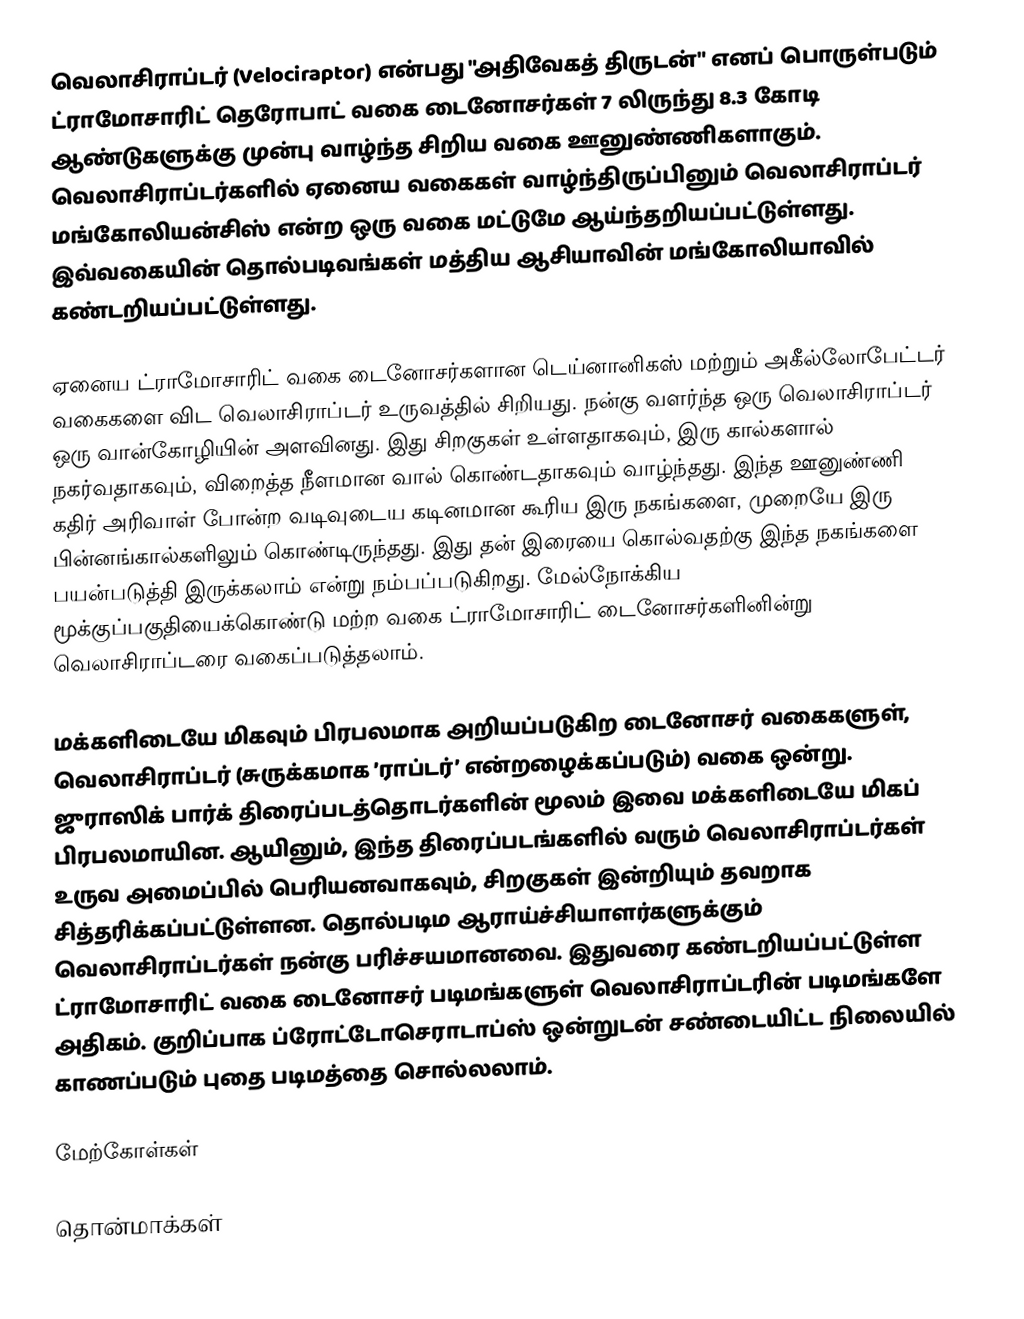
வெலாசிராப்டர் (Velociraptor) என்பது "அதிவேகத் திருடன்" எனப் பொருள்படும் ட்ராமோசாரிட் தெரோபாட் வகை டைனோசர்கள் 7 லிருந்து 8.3 கோடி ஆண்டுகளுக்கு முன்பு வாழ்ந்த சிறிய வகை ஊனுண்ணிகளாகும். வெலாசிராப்டர்களில் ஏனைய வகைகள் வாழ்ந்திருப்பினும் வெலாசிராப்டர் மங்கோலியன்சிஸ் என்ற ஒரு வகை மட்டுமே ஆய்ந்தறியப்பட்டுள்ளது. இவ்வகையின் தொல்படிவங்கள் மத்திய ஆசியாவின் மங்கோலியாவில் கண்டறியப்பட்டுள்ளது.

ஏனைய ட்ராமோசாரிட் வகை டைனோசர்களான டெய்னானிகஸ் மற்றும் அகீல்லோபேட்டர் வகைகளை விட வெலாசிராப்டர் உருவத்தில் சிறியது. நன்கு வளர்ந்த ஒரு வெலாசிராப்டர் ஒரு வான்கோழியின் அளவினது. இது சிறகுகள் உள்ளதாகவும், இரு கால்களால் நகர்வதாகவும், விறைத்த நீளமான வால் கொண்டதாகவும் வாழ்ந்தது. இந்த ஊனுண்ணி கதிர் அரிவாள் போன்ற வடிவுடைய கடினமான கூரிய இரு நகங்களை, முறையே இரு பின்னங்கால்களிலும் கொண்டிருந்தது. இது தன் இரையை கொல்வதற்கு இந்த நகங்களை பயன்படுத்தி இருக்கலாம் என்று நம்பப்படுகிறது. மேல்நோக்கிய மூக்குப்பகுதியைக்கொண்டு மற்ற வகை ட்ராமோசாரிட் டைனோசர்களினின்று வெலாசிராப்டரை வகைப்படுத்தலாம்.

மக்களிடையே மிகவும் பிரபலமாக அறியப்படுகிற டைனோசர் வகைகளுள், வெலாசிராப்டர் (சுருக்கமாக ’ராப்டர்’ என்றழைக்கப்படும்) வகை ஒன்று. ஜுராஸிக் பார்க் திரைப்படத்தொடர்களின் மூலம் இவை மக்களிடையே மிகப் பிரபலமாயின. ஆயினும், இந்த திரைப்படங்களில் வரும் வெலாசிராப்டர்கள் உருவ அமைப்பில் பெரியனவாகவும், சிறகுகள் இன்றியும் தவறாக சித்தரிக்கப்பட்டுள்ளன. தொல்படிம ஆராய்ச்சியாளர்களுக்கும் வெலாசிராப்டர்கள் நன்கு பரிச்சயமானவை. இதுவரை கண்டறியப்பட்டுள்ள ட்ராமோசாரிட் வகை டைனோசர் படிமங்களுள் வெலாசிராப்டரின் படிமங்களே அதிகம். குறிப்பாக ப்ரோட்டோசெராடாப்ஸ் ஒன்றுடன் சண்டையிட்ட நிலையில் காணப்படும் புதை படிமத்தை சொல்லலாம்.

மேற்கோள்கள்

தொன்மாக்கள்